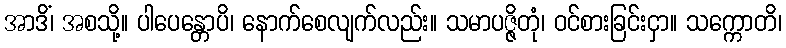
အာဒိံ၊ အစသို့။ ပါပေန္တောပိ၊ နောက်စေလျက်လည်း။ သမာပဇ္ဇိတုံ၊ ဝင်စားခြင်းငှာ။ သက္ကောတိ၊